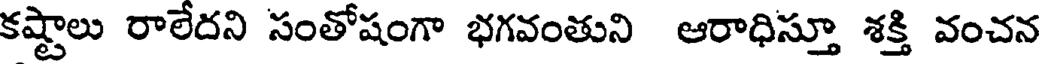
కష్టాలు రాలేదని సంతోషంగా భగవంతుని ఆరాధిస్తూ శక్తి వంచన